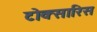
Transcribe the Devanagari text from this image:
टोक्सारिस